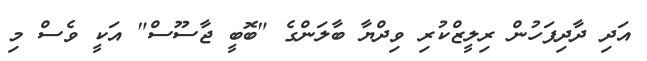
އަދި ދާދިފަހުން ރިލީޒްކުރި ވިދްޔާ ބާލަންގެ "ބޮބީ ޖާސޫސް" އަކީ ވެސް މި